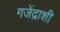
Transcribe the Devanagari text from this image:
गजेंद्राशी